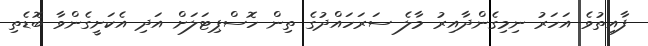
ފާއިތުވެ އަހަރު ނިމިގެންދާއިރު މާލެ ސަރަހައްދުގެ ތިން ހޮސްޕިޓަލަށް އަދި އެކަށީގެންވާ ބޮޑެތި